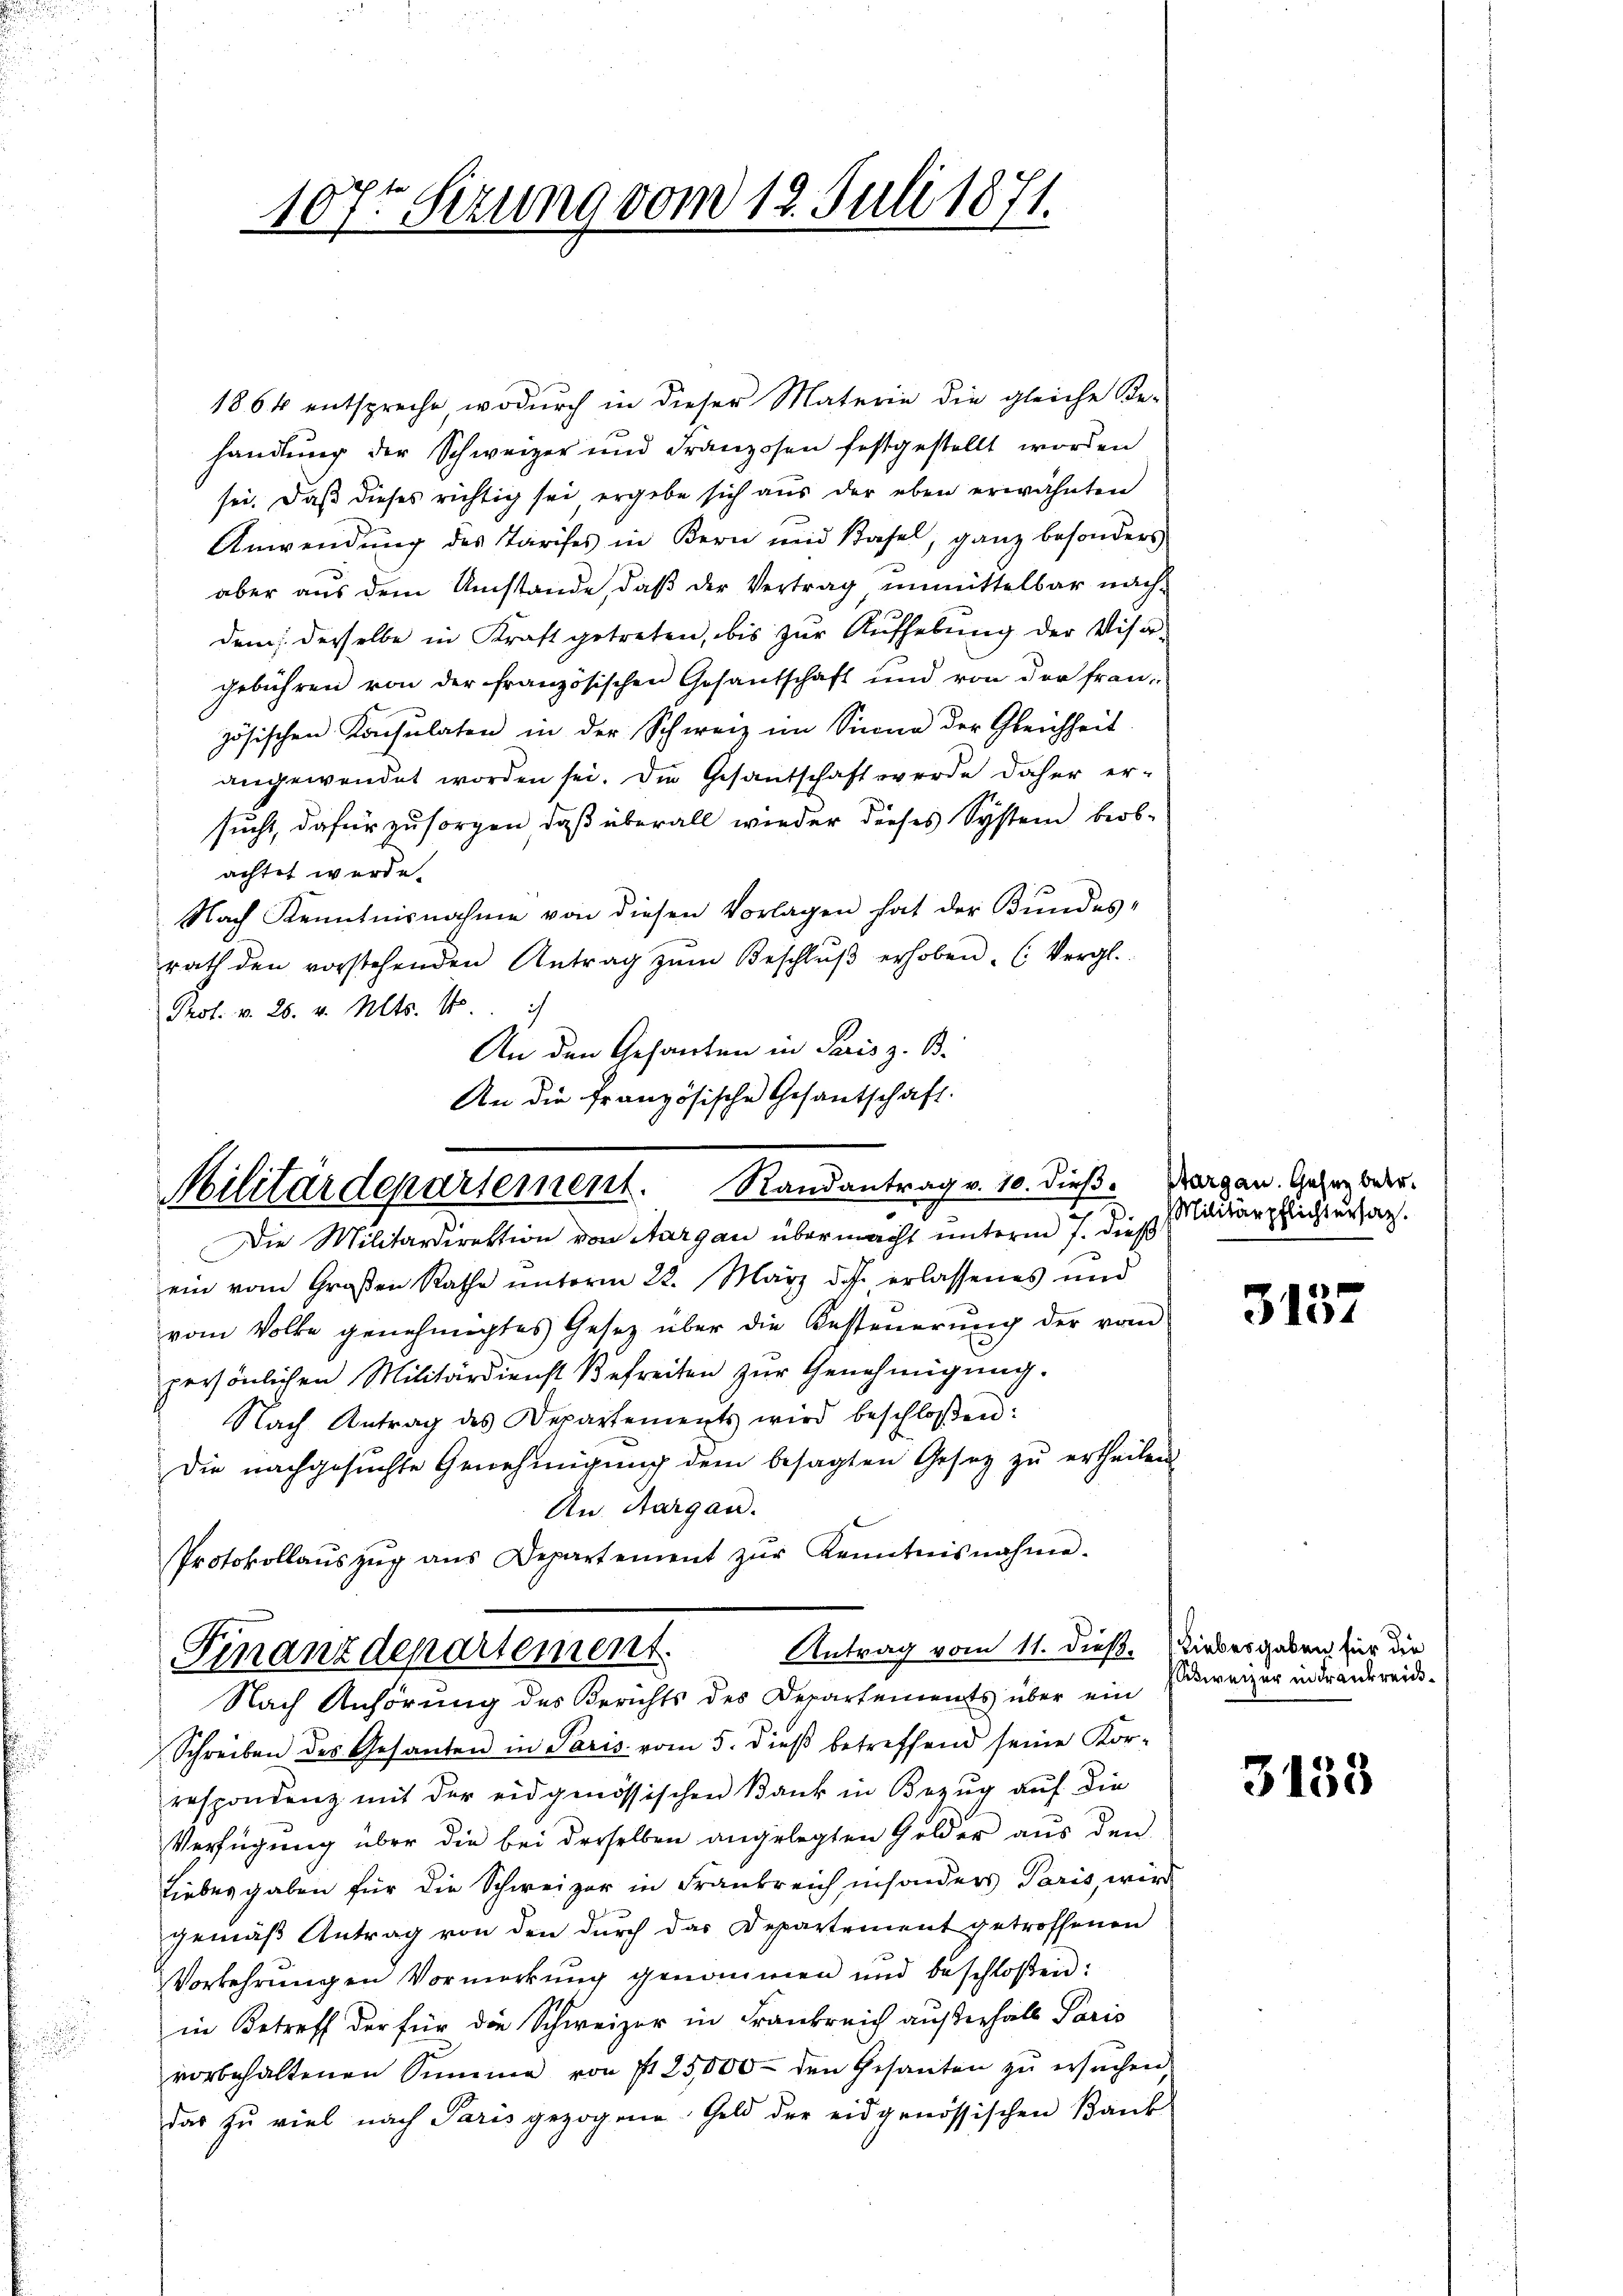
107ten Sizung vom 12. Juli 1871.

1864 entspreche, wodurch in dieser Materie die gleiche Be-
handlung der Schweizer und Franzosen festgestellt worden
sei. Daß dieses richtig sei ergebe sich aus der eben erwähnten
Anwendung des Tarifes in Bern und Basel, ganz besonders
aber aus dem Umstände, daß der Vertrag, unmittelbar nachdem, derselbe in Kraft getreten, bis zur Aufhebung der Visir-
gebühren von der französischen Gesantschaft und von der fran-
zösischen Konsulaten in der Schweiz im Sinne der Gleichheit
angewendet worden sei. Die Gesandschaft werde daher ersucht, dafür zu sorgen, daß überall wieder dieses System beob-
achtet werde.
Nach Kenntnisnahme von diesen Vorlagen hat der Bundes-
rath den vorstehenden Antrag zŭm Beschlŭβ erhoben. (Vergl.
Prof. v. 26. v. Mts. 1.
An den Gesanten in Paris z. B.
An die französische Gesantschaft.

Militärdepartement. Randantrag v. 10. dieß Magen. Gesez beder.
Die Militärdirektion von Aargau übermacht unterm 7. dieß

ein vom Großen Rathe unterm 22. März d. J. erlassenes und
vom Volke genehmigtes Gesetz über die Besteuerung der vom
persönlichen Militärdienst Befreiten zŭr Genehmigŭng.
Nach Antrag des Departements wird beschloßen:
Die nachgesŭchte Genehmigŭng dem besagten Gesetz zŭ ertheilen.
An Aargau.
Antrag vom 11. dieß. Liebesgaben für die
Schreiben des Gesanten in Paris vom 5. dieβ betreffend seine Kor-
respondenz mit der eidgenössischen Bank in Bezug auf die
Verfügung über die bei derselben angelegten Gelder aus den
Liebes gaben für die Schweizer in Frankreich insonders Paris, wird
gemäß Antrag von den durch das Departement getroffenen
Vorkehrungen Vormerkung genommen und beschloßen:
in Betreff der für die Schweizer in Frankreich außerhielt Paris
vorbehaltenen Summe von § 25,000 den Gesanten zŭ ersŭchen,
das zu viel nach Paris gezogene Geld der eidgenössischen Bank

Protokollaŭszŭg ans Departement zŭr Kenntnisnahme.
Finanzdepartement.
Nach Anhörung des Berichts des Departements über ein

Militärpflichtersatz.

3137

weizer in Trankreis¬

3133